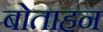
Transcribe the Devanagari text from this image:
बोताहन